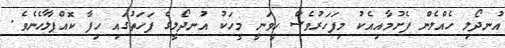
އުނދޯލި ހެއްލެން ފެށުމާއިއެކު މިފަހަރުވެސް ހީވަނީ މީހަކު އުނދޯލީގެ ފަހަތުގައި ހިފާ ކޮއްޕާލާހެނެވެ.